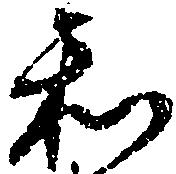
和